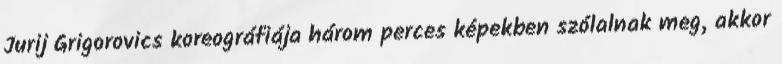
Jurij Grigorovics koreográfiája három perces képekben szólalnak meg, akkor